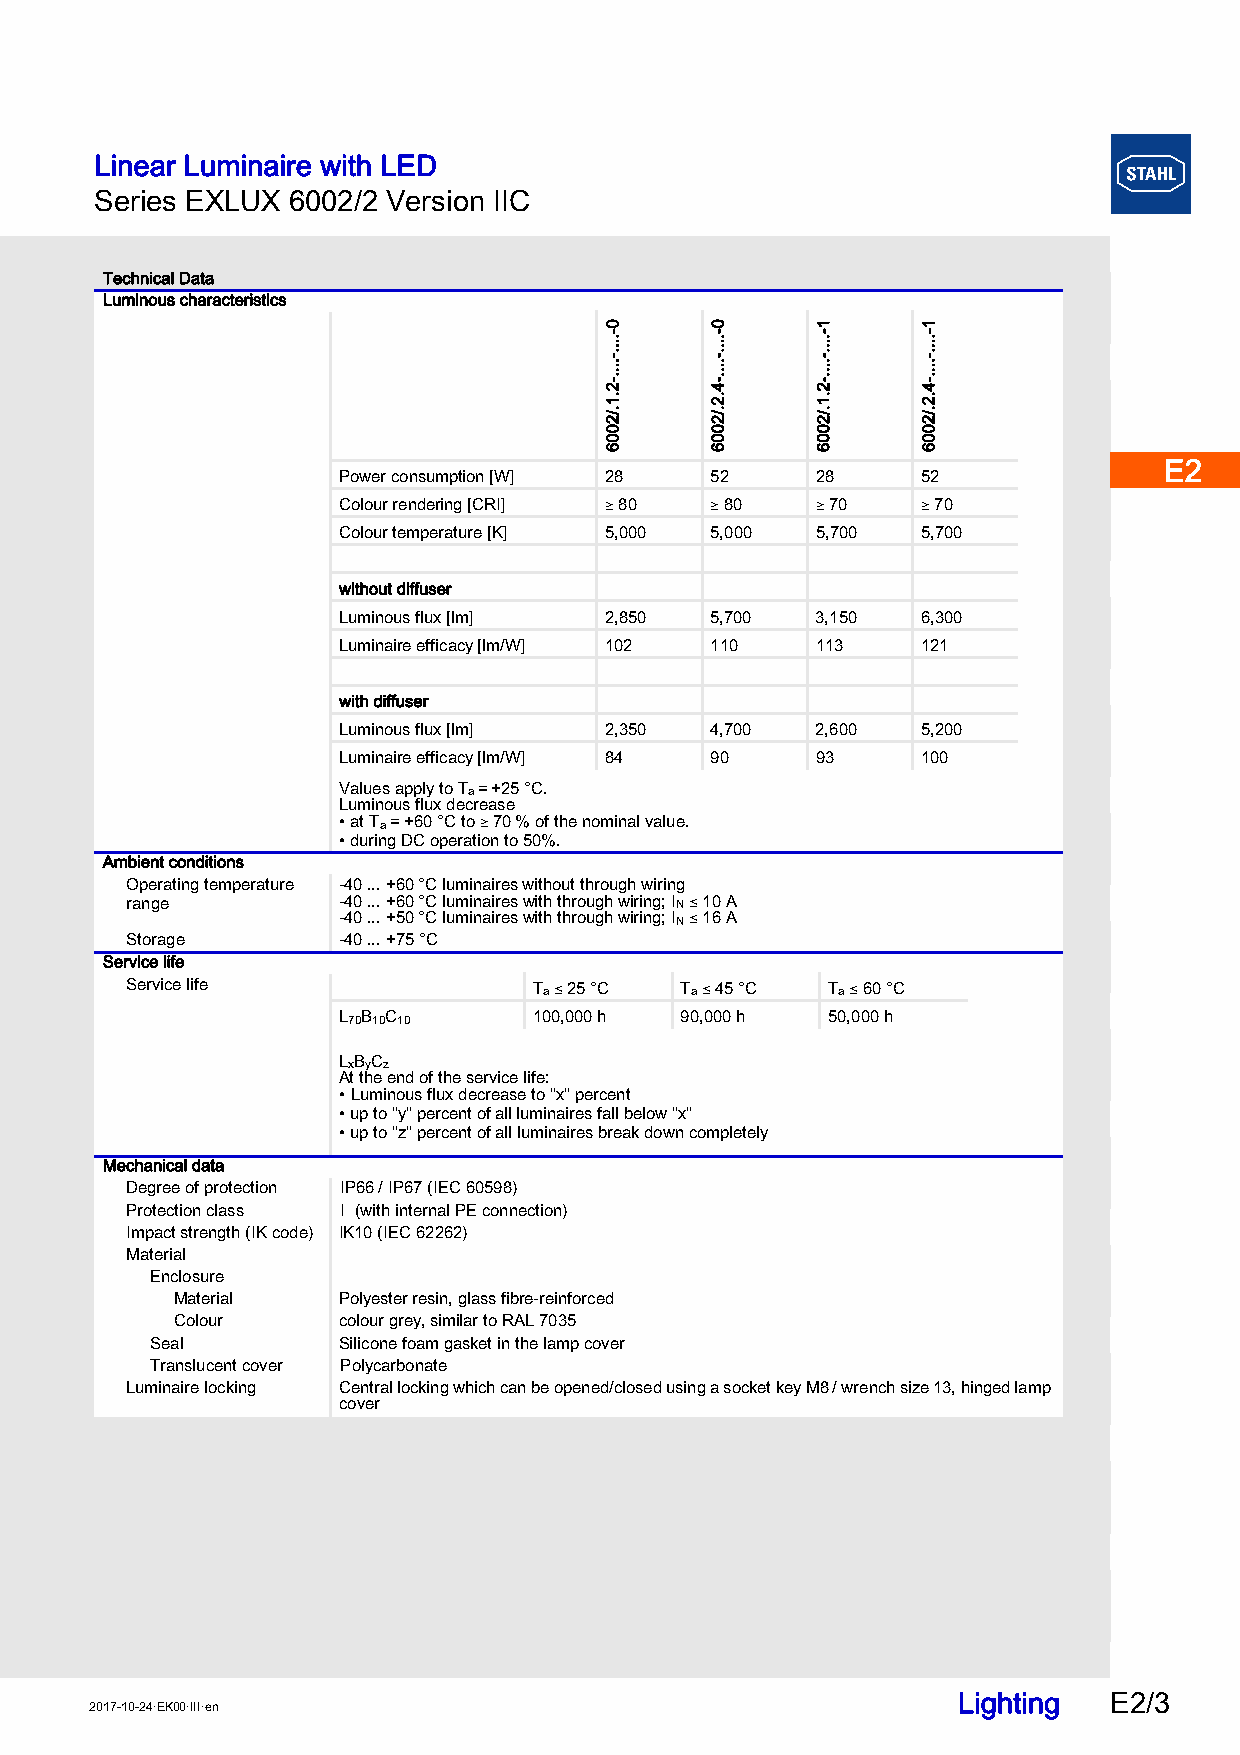
Linear Luminaire with LED
 Series EXLUX 6002/2 Version IIC
 E2
 Technical Data
 Luminous characteristics
 E2
 E2
 Power consumption [W] 28 52     28     52
 Colour rendering [CRI] ) 80 ) 80 ) 70  ) 70
 Colour temperature [K] 5,000 5,000 5,700 5,700
 E2
 without diffuser
 Luminous flux [lm] 2,850 5,700  3,150  6,300
 Luminaire efficacy [lm/W] 102 110 113  121
 E2
 with diffuser
 Luminous flux [lm] 2,350 4,700  2,600  5,200
 Luminaire efficacy [lm/W] 84 90 93     100
 Values apply to Ta = +25 °C.                           E2
 Luminous flux decrease
 •at Ta = +60 °C to ) 70 % of the nominal value.
 •during DC operation to 50%.
 Ambient conditions
 Operating temperature -40 ... +60 °C luminaires without through wiring
 range         -40 ... +60 °C luminaires with through wiring; IN ( 10 A E2
 -40 ... +50 °C luminaires with through wiring; IN ( 16 A
 Storage       -40 ... +75 °C
 Service life
 Service life               Ta ( 25 °C Ta ( 45 °C Ta ( 60 °C
 E2
 L70B10C10    100,000 h 90,000 h  50,000 h
 LxByCz
 At the end of the service life:
 •Luminous flux decrease to "x" percent
 •up to "y" percent of all luminaires fall below "x"    E2
 •up to "z" percent of all luminaires break down completely
 Mechanical data
 Degree of protection IP66 / IP67 (IEC 60598)
 Protection class I (with internal PE connection)
 E2
 Impact strength (IK code) IK10 (IEC 62262)
 Material
 Enclosure
 Material   Polyester resin, glass fibre-reinforced
 Colour     colour grey, similar to RAL 7035
 E2
 Seal        Silicone foam gasket in the lamp cover
 Translucent cover Polycarbonate
 Luminaire locking Central locking which can be opened/closed using a socket key M8 / wrench size 13, hinged lamp
 cover
 E2
 E2
 E2
 Lighting  E2/3
 2017-10-24·EK00·III·en
 0-....-....-2.1./2006 0-....-....-4.2./2006 1-....-....-2.1./2006 1-....-....-4.2./2006